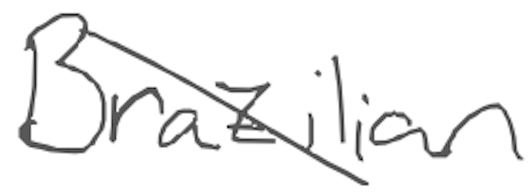
Text: Brazilian
Cross-out: diagonal
Writing tool: digital_gray